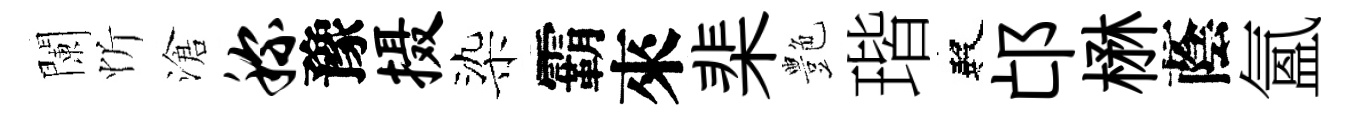
闌忻滄称豫摄染霸來棐艶瑎殿邙楙蔭氳